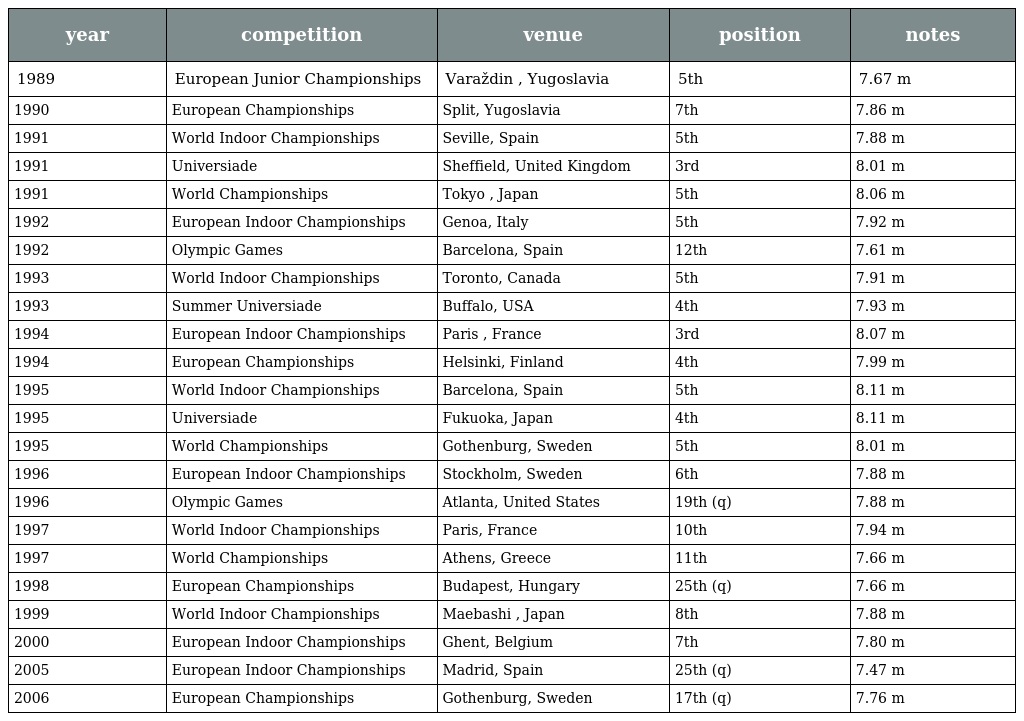
| year | competition | venue | position | notes |
 | --- | --- | --- | --- | --- |
 | 1989 | European Junior Championships | Varaždin , Yugoslavia | 5th | 7.67 m |
 | 1990 | European Championships | Split, Yugoslavia | 7th | 7.86 m |
 | 1991 | World Indoor Championships | Seville, Spain | 5th | 7.88 m |
 | 1991 | Universiade | Sheffield, United Kingdom | 3rd | 8.01 m |
 | 1991 | World Championships | Tokyo , Japan | 5th | 8.06 m |
 | 1992 | European Indoor Championships | Genoa, Italy | 5th | 7.92 m |
 | 1992 | Olympic Games | Barcelona, Spain | 12th | 7.61 m |
 | 1993 | World Indoor Championships | Toronto, Canada | 5th | 7.91 m |
 | 1993 | Summer Universiade | Buffalo, USA | 4th | 7.93 m |
 | 1994 | European Indoor Championships | Paris , France | 3rd | 8.07 m |
 | 1994 | European Championships | Helsinki, Finland | 4th | 7.99 m |
 | 1995 | World Indoor Championships | Barcelona, Spain | 5th | 8.11 m |
 | 1995 | Universiade | Fukuoka, Japan | 4th | 8.11 m |
 | 1995 | World Championships | Gothenburg, Sweden | 5th | 8.01 m |
 | 1996 | European Indoor Championships | Stockholm, Sweden | 6th | 7.88 m |
 | 1996 | Olympic Games | Atlanta, United States | 19th (q) | 7.88 m |
 | 1997 | World Indoor Championships | Paris, France | 10th | 7.94 m |
 | 1997 | World Championships | Athens, Greece | 11th | 7.66 m |
 | 1998 | European Championships | Budapest, Hungary | 25th (q) | 7.66 m |
 | 1999 | World Indoor Championships | Maebashi , Japan | 8th | 7.88 m |
 | 2000 | European Indoor Championships | Ghent, Belgium | 7th | 7.80 m |
 | 2005 | European Indoor Championships | Madrid, Spain | 25th (q) | 7.47 m |
 | 2006 | European Championships | Gothenburg, Sweden | 17th (q) | 7.76 m |